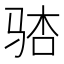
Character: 𫘢